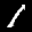
Label: 1